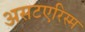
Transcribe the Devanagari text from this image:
असटएरिस्म